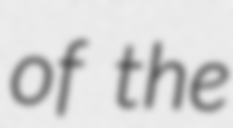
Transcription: of the